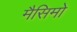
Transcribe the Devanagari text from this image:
मैसिमो